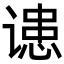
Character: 䜨